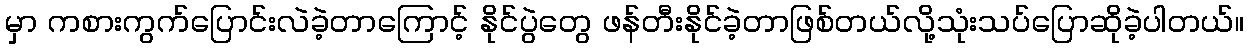
မှာ ကစားကွက်ပြောင်းလဲခဲ့တာကြောင့် နိုင်ပွဲတွေ ဖန်တီးနိုင်ခဲ့တာဖြစ်တယ်လို့သုံးသပ်ပြောဆိုခဲ့ပါတယ်။